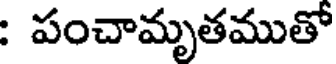
: పంచామృతముతో